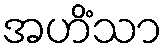
အဟိံသာ